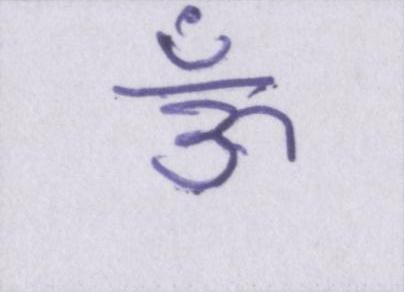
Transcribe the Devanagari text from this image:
ऊँ